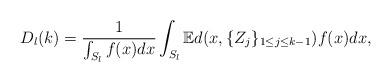
LaTeX: \begin{align*}D_l(k) = \frac{1}{\int_{S_l} f(x) dx} \int_{S_l} \mathbb{E}d(x,\{Z_j\}_{1 \leq j \leq k-1})f(x)dx,\end{align*}